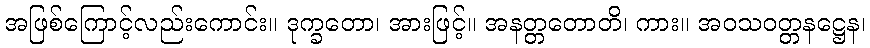
အဖြစ်ကြောင့်လည်းကောင်း။ ဒုက္ခတော၊ အားဖြင့်။ အနတ္တတောတိ၊ ကား။ အဝသဝတ္တနဋ္ဌေန၊